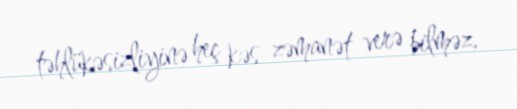
təhlükəsizliyinə heç kəs zəmanət verə bilməz.